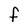
Character: f